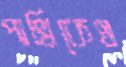
পাখিকেও